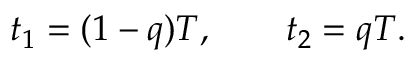
t _ { 1 } = ( 1 - q ) T , \qquad t _ { 2 } = q T .